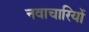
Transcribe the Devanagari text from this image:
नवाचारियों